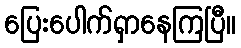
ပြေးပေါက်ရှာနေကြပြီ။